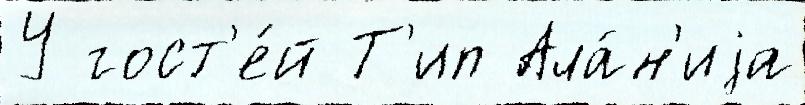
У гост'е́й Т'ип Ала́н'иjа